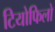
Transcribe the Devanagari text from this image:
टियोफिलो